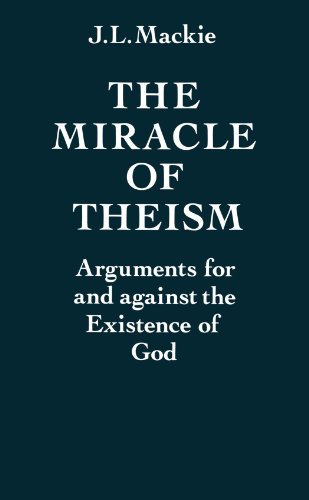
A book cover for The Miracle of Theism: Arguments For and Against the Existence of God; J. L. Mackie; Religion & Spirituality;